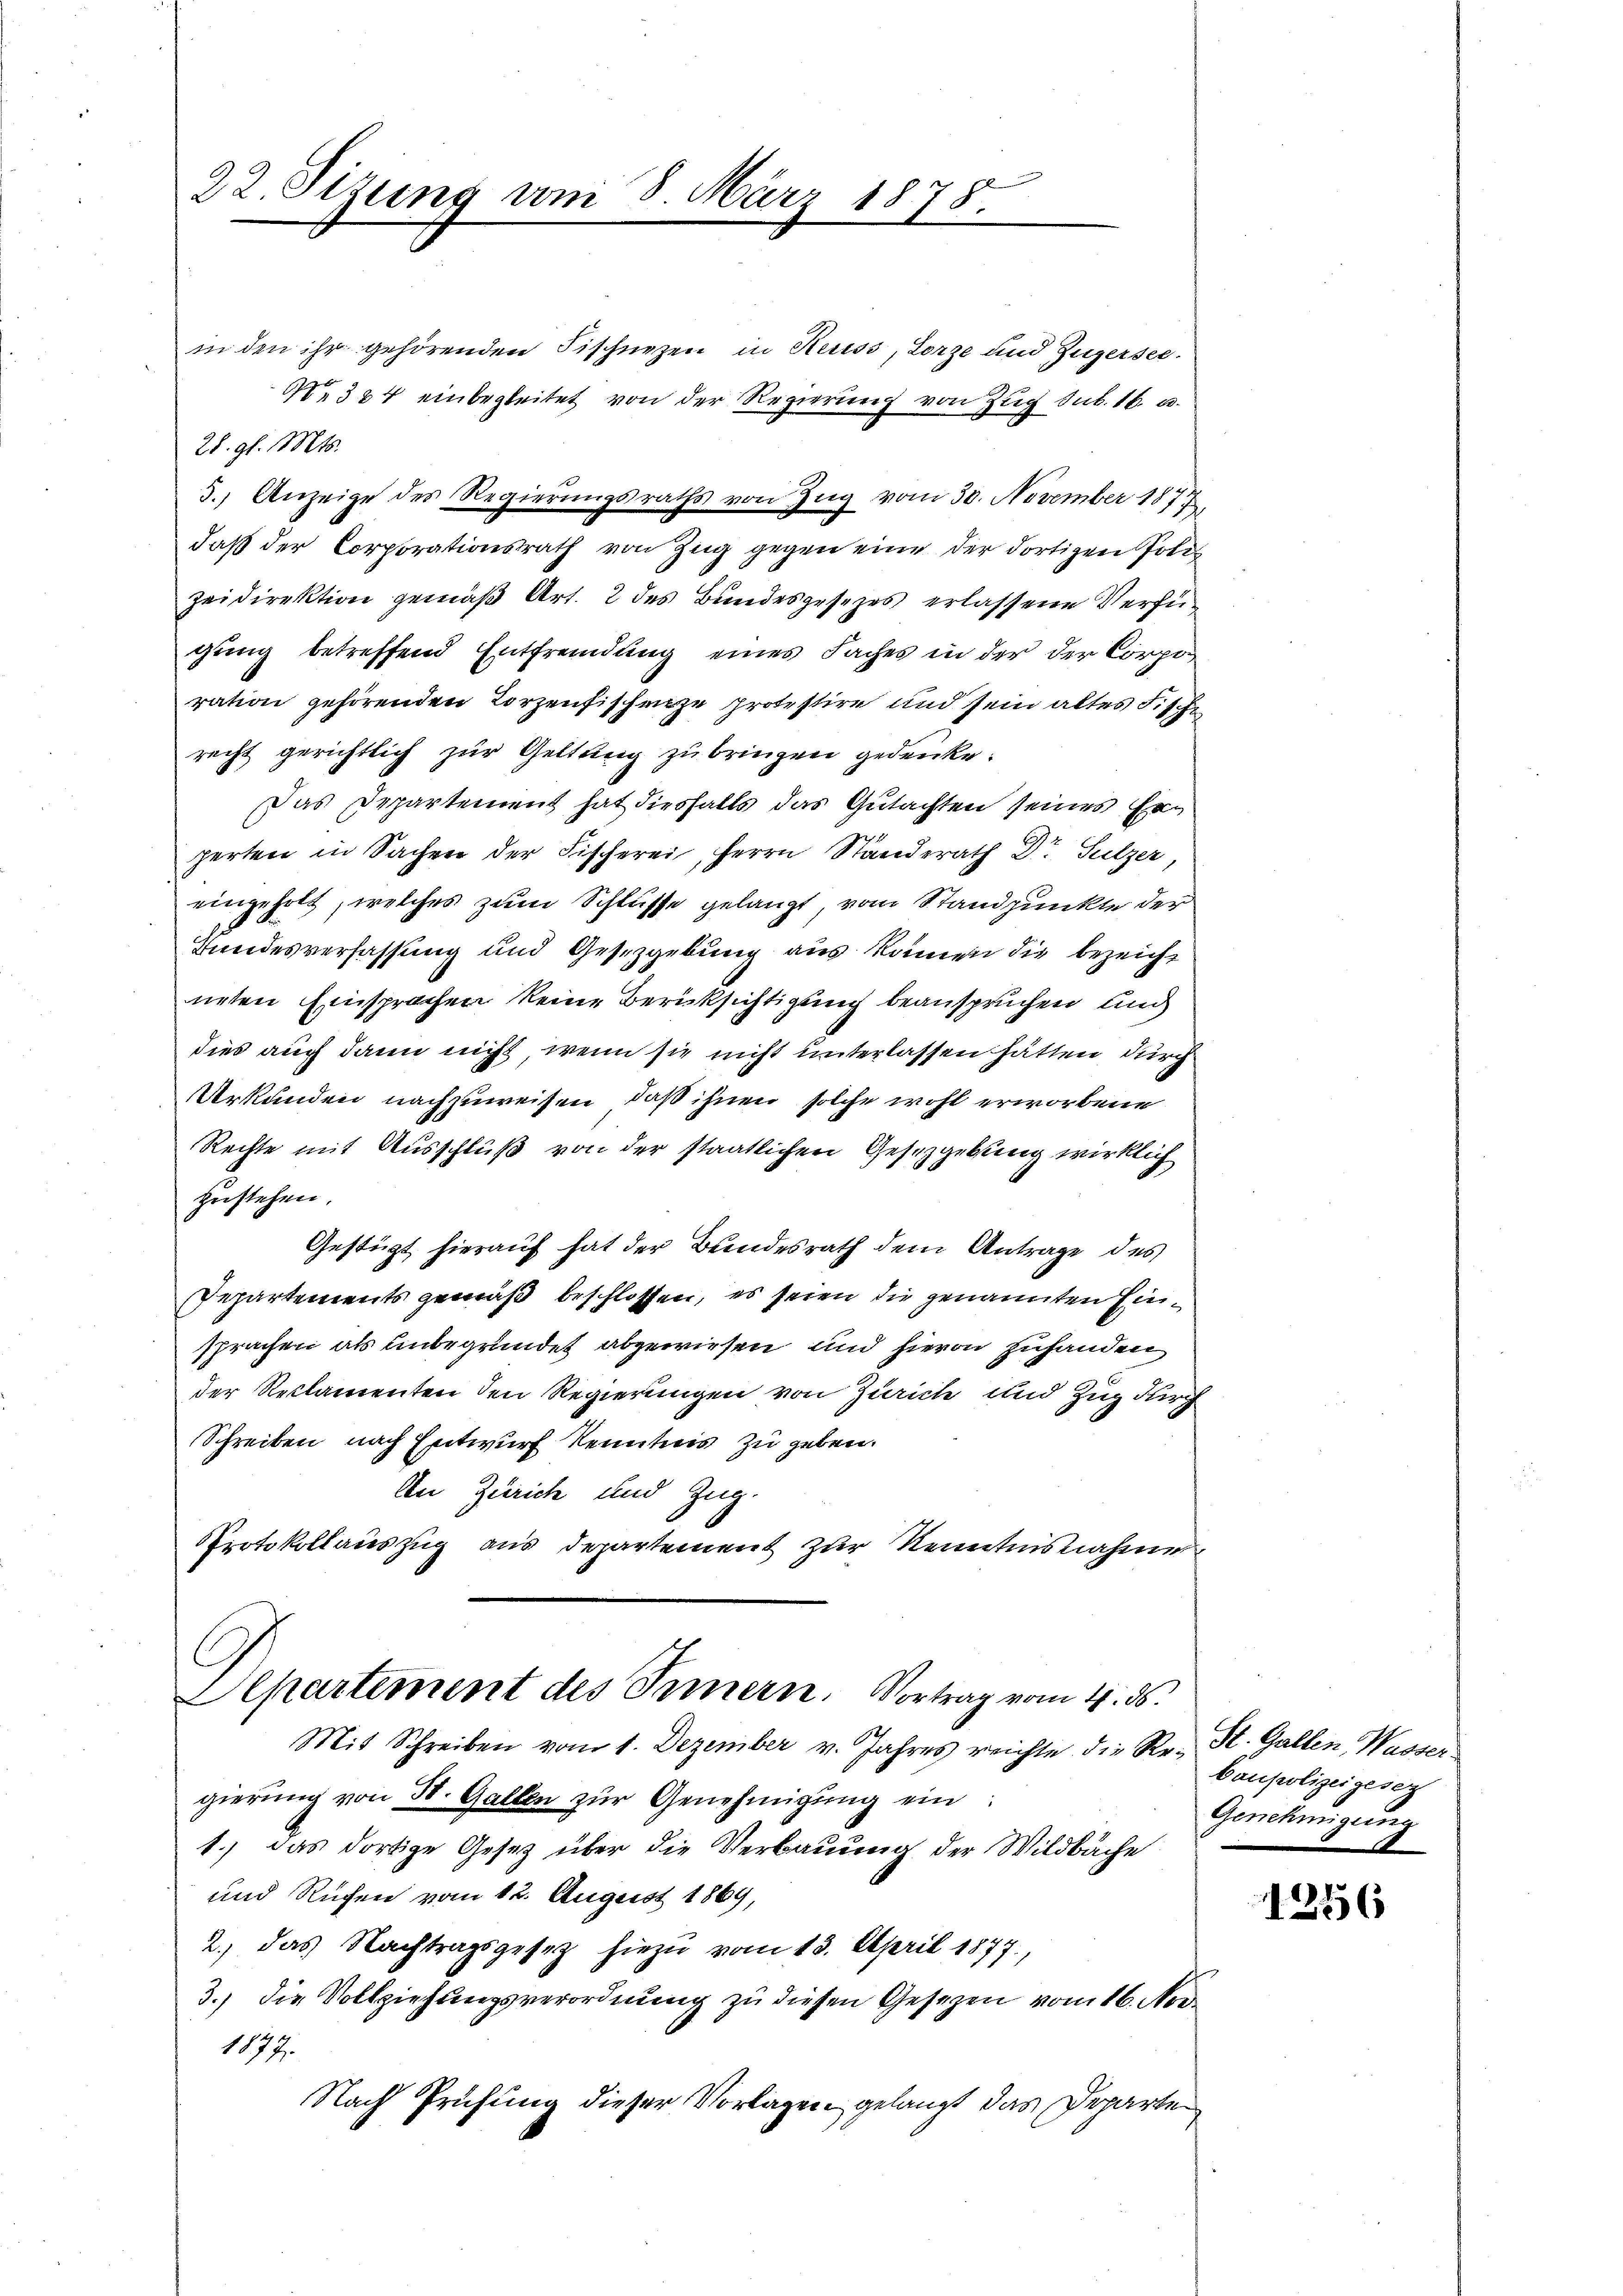
22. Sizung vom 8. März 1878.

in den ihr gehörenden Fischnezen in Reuss, Lorze und Zugersee.
 384 einbegleitet von der Regierung von Zug sub. 16. u.
28. gl. Mts.
3.) Anzeige des Regierungsraths von Zug vom 30. November 1877,
zeidirektion gemäß Art. 2 des Bundesgesezes erlassene Verfügung betreffend Entfremdung eines Faches in der der Corpo
ration gehörenden Korzenfischenze protestire und sein altes Fische
recht gerichtlich zur Geltung zu bringen gedenke.
Das Departement hat diesfalls das Gutachten seines Erperten in Sachen der Fischerei, Herrn Standerath Dr. Sulzer
eingeholt, welches zum Schlüsse gelangt, vom Standpunkte der
Bundesverfassung und Gesetzgebung aus können die bezeicht
neten Einsprachen keine Berücksichtigung beanspruchen, und
dies auch dann nicht, wenn sie nicht unterlassen hätten, durch
Urkunden nachzuweisen, daß ihnen solche wohl erworbene
Rechte mit Ausschluß von der staatlichen Gesetzgebung wirklich
zustehen.
Gestügt hierauf hat der Bundesrath dem Antrage des
Departements gemäß beschlossen, es seien die genannten Einsprachen als unbegründet abgewiesen und hievon zuhanden
der Reclamenten den Regierungen von Zürich und Zug durch
Schreiben nach Entwurf Kenntnis zu geben.
An Zürich und Zug.
Protokollauszug aus Departement zur Kenntnisnahme
C.
Aepartement des Innern, Vortrag vom 4. ds.
Mit Schreiben vom 1. Dezember v. Jahres reichte die Re- St. Gallen Wassergierŭng von 50. Gallen zŭr Genehmigŭng ein
1.) das dortige Gesetz über die Verbauung der Wildbache
und Ruchen vom 12. August 1869,
2.) das Nachtragsgesetz hiezu vom 13. April 1877,
3.) die Vollziehungsverordnung zu diesen Gesetzen vom 16. Nov
1077.
Nach Prüfung dieser Vorlagen gelangt das Departen

daß der Corporationsrath von Zug gegen eine der dortigen Poliz

baupolizeigesez
Genehmigung

1256